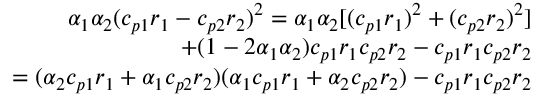
\begin{array} { r } { \alpha _ { 1 } \alpha _ { 2 } ( c _ { p 1 } r _ { 1 } - c _ { p 2 } r _ { 2 } ) ^ { 2 } = \alpha _ { 1 } \alpha _ { 2 } [ ( c _ { p 1 } r _ { 1 } ) ^ { 2 } + ( c _ { p 2 } r _ { 2 } ) ^ { 2 } ] } \\ { + ( 1 - 2 \alpha _ { 1 } \alpha _ { 2 } ) c _ { p 1 } r _ { 1 } c _ { p 2 } r _ { 2 } - c _ { p 1 } r _ { 1 } c _ { p 2 } r _ { 2 } } \\ { = ( \alpha _ { 2 } c _ { p 1 } r _ { 1 } + \alpha _ { 1 } c _ { p 2 } r _ { 2 } ) ( \alpha _ { 1 } c _ { p 1 } r _ { 1 } + \alpha _ { 2 } c _ { p 2 } r _ { 2 } ) - c _ { p 1 } r _ { 1 } c _ { p 2 } r _ { 2 } } \end{array}